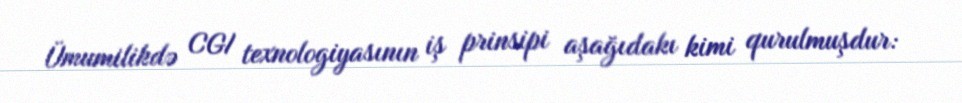
Ümumilikdə CGI texnologiyasının iş prinsipi aşağıdakı kimi qurulmuşdur: